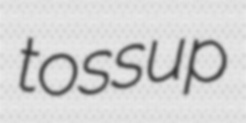
tossup